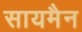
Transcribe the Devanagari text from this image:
सायमैन